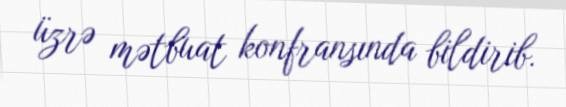
üzrə mətbuat konfransında bildirib.